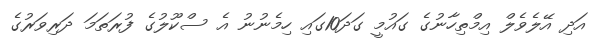
އަދި އޭލެވެލް އިމްތިހާނުގެ ގައުމީ ގަދަ10ގައި ހިމެނުނު އެ ސްކޫލުގެ ފުރަތަމަ ދަރިވަރުގެ